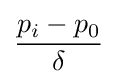
{\frac {p_{i}-p_{0}}{\delta }}